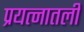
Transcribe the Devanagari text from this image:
प्रयत्नातली